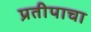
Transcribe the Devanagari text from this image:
प्रतीपाचा